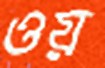
ওয়